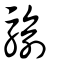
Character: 騟